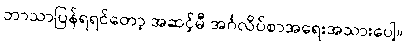
ဘာသာပြန်ရရင်တော့ အဆင့်မီ အင်္ဂလိပ်စာအရေးအသားပေါ့။